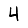
Digit: 4